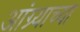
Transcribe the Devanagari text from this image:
आंग्र्याच्या